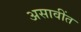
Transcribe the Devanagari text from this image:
असावींत